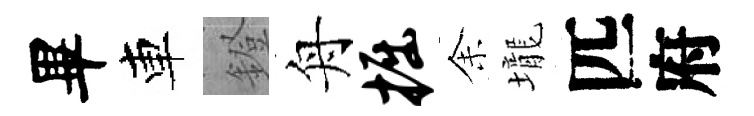
畢車鐙舟掘𪜬壠匹府